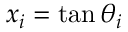
x _ { i } = \tan \theta _ { i }